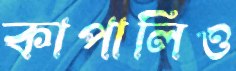
কাপালিও